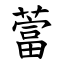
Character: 䔰